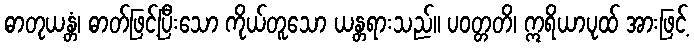
ဓာတုယန္တံ၊ ဓာတ်ဖြင့်ပြီးသော ကိုယ်တူသော ယန္တရားသည်။ ပဝတ္တတိ၊ ဣရိယာပုထ် အားဖြင့်